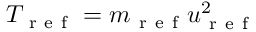
T _ { \mathrm { ~ r ~ e ~ f ~ } } = m _ { \mathrm { ~ r ~ e ~ f ~ } } u _ { \mathrm { ~ r ~ e ~ f ~ } } ^ { 2 }